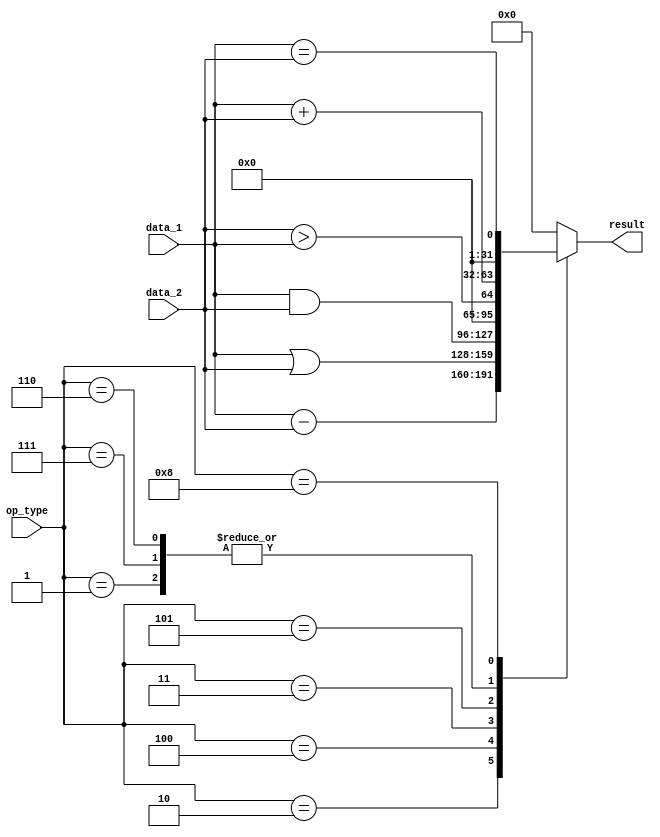
`timescale 1ns / 1ps
//////////////////////////////////////////////////////////////////////////////////
// Company: 
// Engineer: 
// 
// Design Name: 
// Module Name: ALU
// Project Name: 
// Target Devices: 
// Tool Versions: 
// Description: 
// 
// Dependencies: 
// 
// Revision:
// Revision 0.01 - File Created
// Additional Comments:
// 
//////////////////////////////////////////////////////////////////////////////////


module ALU(
	input [31:0] data_1,
	input [31:0] data_2,
	input [3:0] op_type,
	
	output reg [31:0] result
    );
    
    parameter Add = 4'b0001;
    parameter Sub = 4'b0010;
    parameter And = 4'b0011;
    parameter Or = 4'b0100;
    parameter Slt = 4'b0101;
    parameter Lw = 4'b0110;
    parameter Sw = 4'b0111;
    parameter Beq = 4'b1000;
    parameter J = 4'b1001;
    
    always @(*) begin
    	case (op_type)
    		Add: result = data_1 + data_2;
    		Sub: result = data_1 - data_2;
    		Or: result = data_1 | data_2;
    		And: result = data_1 & data_2;
    		Slt: result = (data_2 > data_1);
    		Lw,Sw: result = data_1 + data_2;
    		Beq: result = (data_1 == data_2);
    		default: result = 0;
    	endcase
    end 
    
endmodule